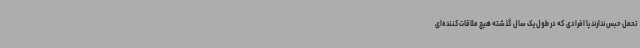
تحمل حبس ندارند یا افرادی که در طول یک سال گذشته هیچ ملاقات‌کننده‌ای